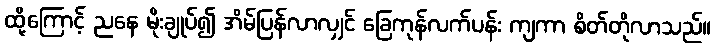
ထို့ကြောင့် ညနေ မိုးချုပ်၍ အိမ်ပြန်လာလျှင် ခြေကုန်လက်ပန်း ကျကာ စိတ်တိုလာသည်။